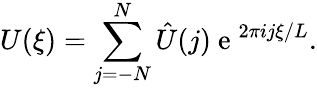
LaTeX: U(\xi)=\sum_{j=-N}^{N}\hat{U}(j)\mathrm{~e~}^{2\pi ij\xi/L}.